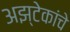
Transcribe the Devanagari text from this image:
अझ्टेकांचे